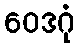
ဝေဒဂုံ